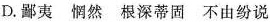
D.鄙夷 惘然 根深蒂固 不由纷说